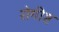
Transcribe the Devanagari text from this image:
रोगीष्ट